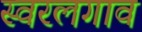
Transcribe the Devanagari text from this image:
स्वरलगाव